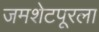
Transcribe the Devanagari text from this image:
जमशेटपूरला